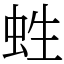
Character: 﨡